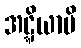
အဋ္ဋိယာမိ